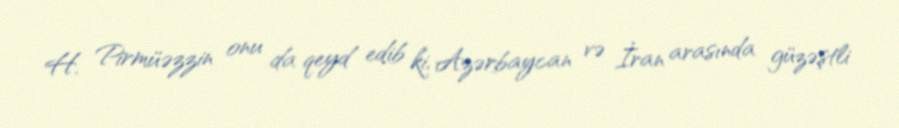
H. Pirmüəzzin onu da qeyd edib ki, Azərbaycan və İran arasında güzəştli